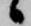
候